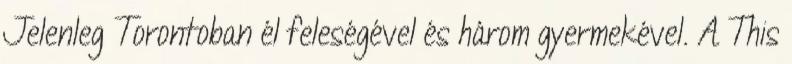
Jelenleg Torontoban él feleségével és három gyermekével. A This